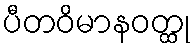
ပီတဝိမာနဝတ္ထု